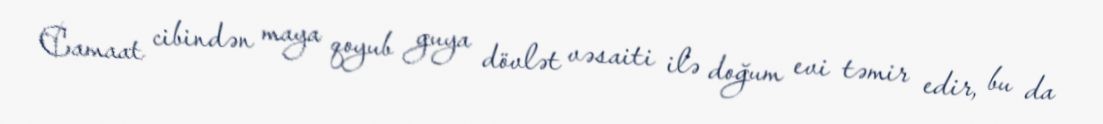
Camaat cibindən maya qoyub guya dövlət vəsaiti ilə doğum evi təmir edir, bu da